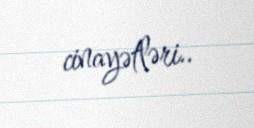
cinayətləri..